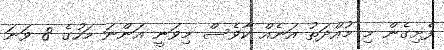
ފެށިގެން މި މުއްދަތު އަނެއް ކާވެސް މިވަނީ އަންނަ މަހުގެ 8 ވަނަ